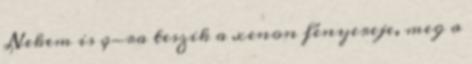
Nekem is q-ra teszik a xenon fényereje, meg a